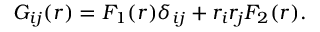
G _ { i j } ( r ) = F _ { 1 } ( r ) \delta _ { i j } + r _ { i } r _ { j } F _ { 2 } ( r ) .